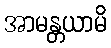
အာမန္တယာမိ